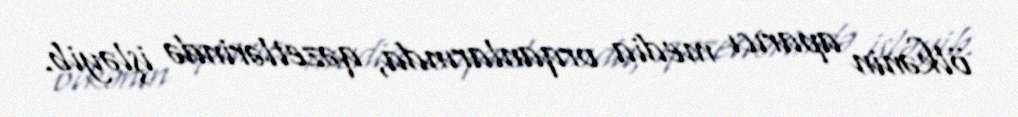
ölkənin aparıcı media orqanlarında, qəzetlərində işləyib.